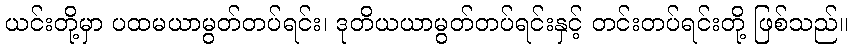
ယင်းတို့မှာ ပထမယာမွတ်တပ်ရင်း၊ ဒုတိယယာမွတ်တပ်ရင်းနှင့် တင်းတပ်ရင်းတို့ ဖြစ်သည်။